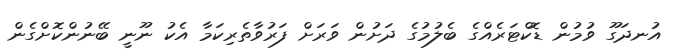
އުނދަގޫ ވުމުން ޑޮކްޓަރެއްގެ ބެލުމުގެ ދަށުން ވަރަށް ފަރުވާތެރިކަމާ އެކު ނޫނީ ބޭނުންކޮށްގެން